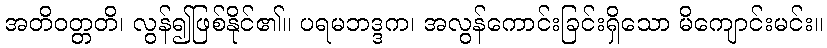
အတိဝတ္တတိ၊ လွန်၍ဖြစ်နိုင်၏။ ပရမဘဒ္ဒက၊ အလွန်ကောင်းခြင်းရှိသော မိကျောင်းမင်း။